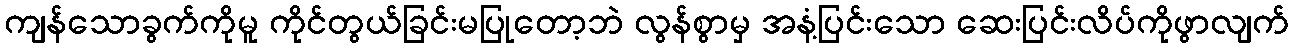
ကျန်သောခွက်ကိုမူ ကိုင်တွယ်ခြင်းမပြုတော့ဘဲ လွန်စွာမှ အနံ့ပြင်းသော ဆေးပြင်းလိပ်ကိုဖွာလျက်